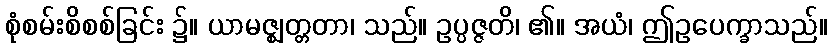
စုံစမ်းစိစစ်ခြင်း ၌။ ယာမဇ္ဈတ္တတာ၊ သည်။ ဥပ္ပဇ္ဇတိ၊ ၏။ အယံ၊ ဤဥပေက္ခာသည်။